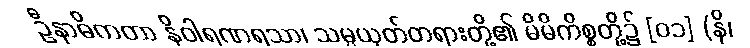
ဦနာဓိကတာ နိဝါရဏရသာ၊ သမ္ပယုတ်တရားတို့၏ မိမိကိစ္စတို့၌ [၀၁] (နိ၊